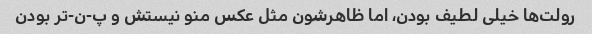
رولت‌ها خیلی لطیف بودن، اما ظاهرشون مثل عکس منو نیستش و پ-ن-تر بودن